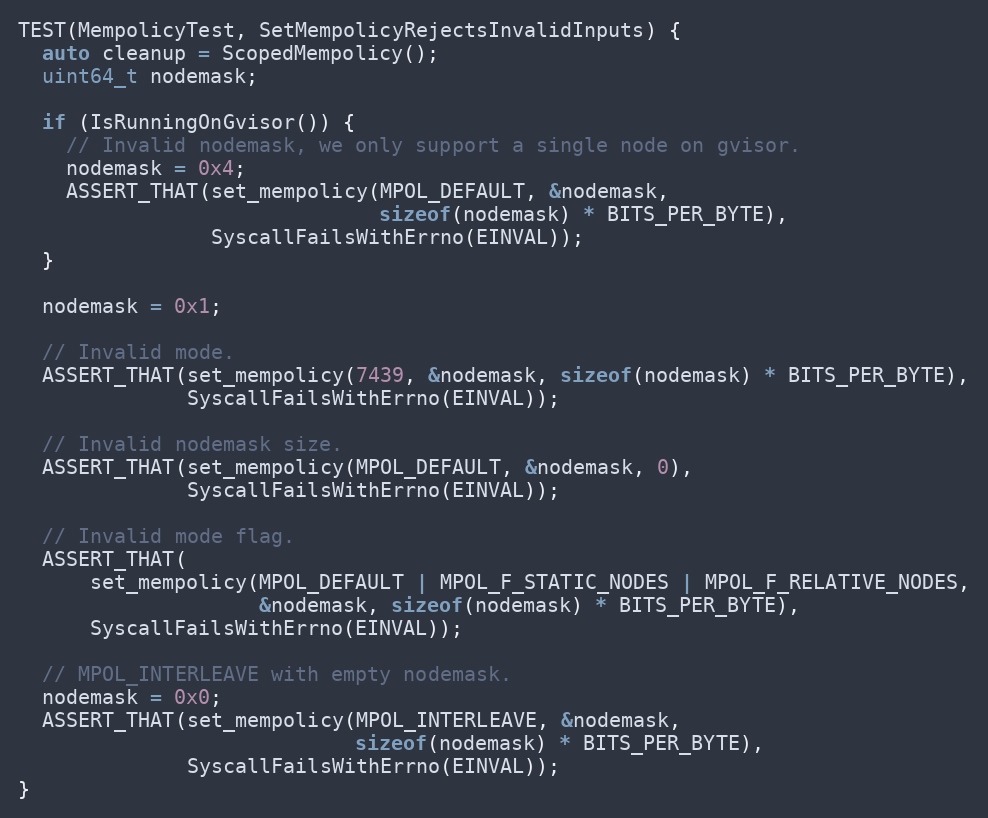
Language: C++
TEST(MempolicyTest, SetMempolicyRejectsInvalidInputs) {
  auto cleanup = ScopedMempolicy();
  uint64_t nodemask;

  if (IsRunningOnGvisor()) {
    // Invalid nodemask, we only support a single node on gvisor.
    nodemask = 0x4;
    ASSERT_THAT(set_mempolicy(MPOL_DEFAULT, &nodemask,
                              sizeof(nodemask) * BITS_PER_BYTE),
                SyscallFailsWithErrno(EINVAL));
  }

  nodemask = 0x1;

  // Invalid mode.
  ASSERT_THAT(set_mempolicy(7439, &nodemask, sizeof(nodemask) * BITS_PER_BYTE),
              SyscallFailsWithErrno(EINVAL));

  // Invalid nodemask size.
  ASSERT_THAT(set_mempolicy(MPOL_DEFAULT, &nodemask, 0),
              SyscallFailsWithErrno(EINVAL));

  // Invalid mode flag.
  ASSERT_THAT(
      set_mempolicy(MPOL_DEFAULT | MPOL_F_STATIC_NODES | MPOL_F_RELATIVE_NODES,
                    &nodemask, sizeof(nodemask) * BITS_PER_BYTE),
      SyscallFailsWithErrno(EINVAL));

  // MPOL_INTERLEAVE with empty nodemask.
  nodemask = 0x0;
  ASSERT_THAT(set_mempolicy(MPOL_INTERLEAVE, &nodemask,
                            sizeof(nodemask) * BITS_PER_BYTE),
              SyscallFailsWithErrno(EINVAL));
}